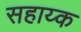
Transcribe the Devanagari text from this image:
सहाय्क